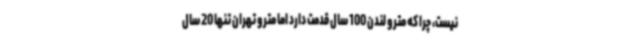
نیست، چرا که مترو لندن 100 سال قدمت دارد اما مترو تهران تنها 20 سال